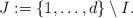
LaTeX: \begin{align*}J:=\{1,\ldots,d\}\setminus I.\end{align*}